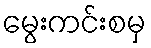
မွေးကင်းစမှ